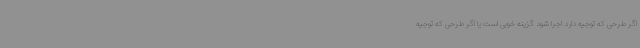
اگر طرحی که توجیه دارد اجرا شود گزینه خوبی است یا اگر طرحی که توجیه